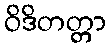
ဝိဒိတတ္တာ